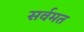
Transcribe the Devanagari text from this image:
सर्वमत